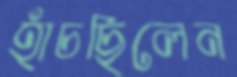
হাঁচছিলেন